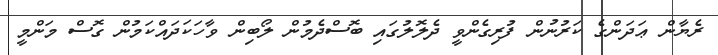
ރެޔާން ޢަދަންގެ ކަރުނުން ފުރިގެންވީ ދެލޮލުގައި ބޮސްދެމުން ލޯބިން ވާހަކަދައްކަމުން ގޮސް މަންމީ